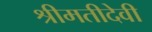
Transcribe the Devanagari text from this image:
श्रीमतीदेवी